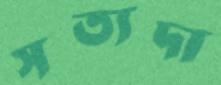
সত্যদা